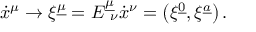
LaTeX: { \dot { x } } ^ { \mu } \to \xi ^ { \underline { { { \mu } } } } = E _ { \ \nu } ^ { \underline { { { \mu } } } } { \dot { x } } ^ { \nu } = \left( \xi ^ { \underline { { { 0 } } } } , \xi ^ { \underline { { { a } } } } \right) .